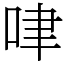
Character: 㖀